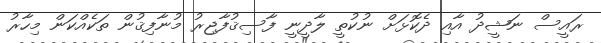
ރައީސް ނަޝީދު އާއި ދެކޮޅަށް ނުކުތީ ލާދީނީ ފާސިޤުފާޖިރު މުނާފިޤުން ތަކެއްކަން މިހާރު